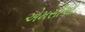
એમસીઓ